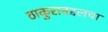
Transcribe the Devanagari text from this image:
ठाकुराबद्दलचा